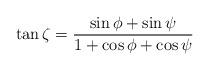
LaTeX: \begin{align*}\tan\zeta=\frac{\sin\phi+\sin\psi}{1+\cos\phi+\cos\psi}\end{align*}